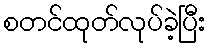
စတင်ထုတ်လုပ်ခဲ့ပြီး